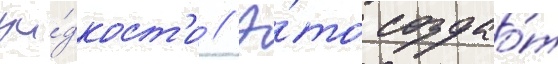
жи́дкост'и // Э́то создао́т